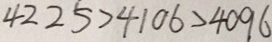
4 2 2 5 > 4 1 0 6 > 4 0 9 6